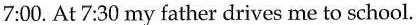
7:00. At 7:30 my father drives me to school.